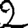
Digit: 2